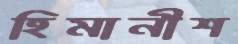
হিমানীশ